Annual administration report of the Civil Veterinary Department of India - 1895-1896
Year: 1895
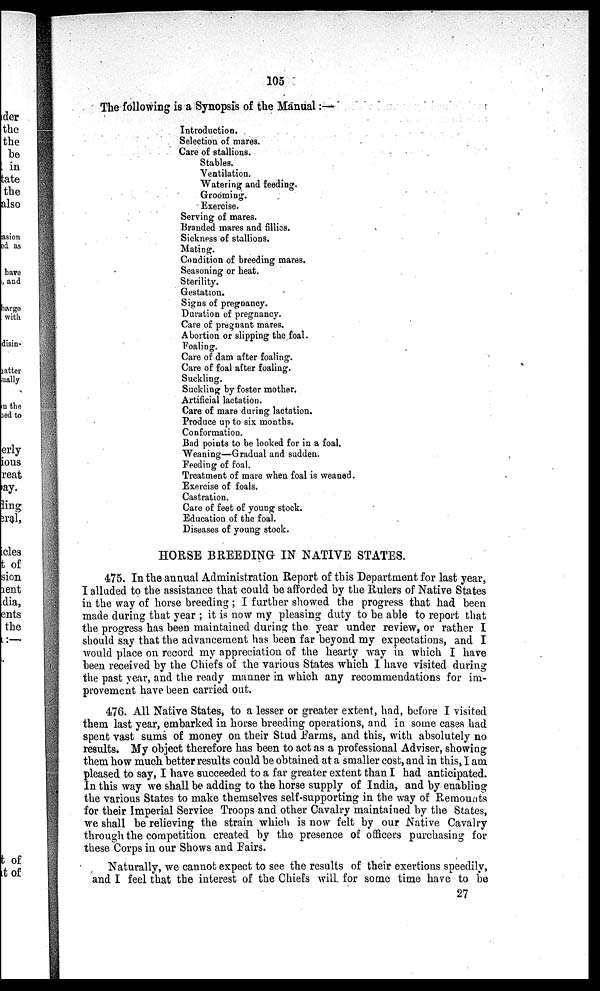
105
The following is a Synopsis of the Manual :—
Introduction.
Selection of mares.
Care of stallions.
Stables.
Ventilation.
Watering and feeding.
Grooming.
Exercise.
Serving of mares.
Branded mares and fillies.
Sickness of stallions.
Mating.
Condition of breeding mares.
Seasoning or heat.
Sterility.
Gestation.
Signs of pregnancy.
Duration of pregnancy.
Care of pregnant mares.
Abortion or slipping the foal.
Foaling.
Care of dam after foaling.
Care of foal after foaling.
Suckling.
Suckling by foster mother.
Artificial lactation.
Care of mare during lactation.
Produce up to six months.
Conformation.
Bad points to be looked for in a foal.
Weaning—Gradual and sudden.
Feeding of foal.
Treatment of mare when foal is weaned.
Exercise of foals.
Castration.
Care of feet of young stock.
Education of the foal.
Diseases of young stock.
HORSE BREEDING IN NATIVE STATES.
475. In the annual Administration Report of this Department for last year,
I alluded to the assistance that could be afforded by the Rulers of Native States
in the way of horse breeding; I further showed the progress that had been
made during that year; it is now my pleasing duty to be able to report that
the progress has been maintained during the year under review, or rather I
should say that the advancement has been far beyond my expectations, and I
would place on record my appreciation of the hearty way in which I have
been received by the Chiefs of the various States which I have visited during
the past year, and the ready manner in which any recommendations for im-
provement have been carried out.
476. All Native States, to a lesser or greater extent, had, before I visited
them last year, embarked in horse breeding operations, and in some cases had
spent vast sums of money on their Stud Farms, and this, with absolutely no
results. My object therefore has been to act as a professional Adviser, showing
them how much better results could be obtained at a smaller cost, and in this, I am
pleased to say, I have succeeded to a far greater extent than I had anticipated.
In this way we shall be adding to the horse supply of India, and by enabling
the various States to make themselves self-supporting in the way of Remounts
for their Imperial Service Troops and other Cavalry maintained by the States,
we shall be relieving the strain which is now felt by our Native Cavalry
through the competition created by the presence of officers purchasing for
these Corps in our Shows and Fairs.
Naturally, we cannot expect to see the results of their exertions speedily,
and I feel that the interest of the Chiefs will for some time have to be
27